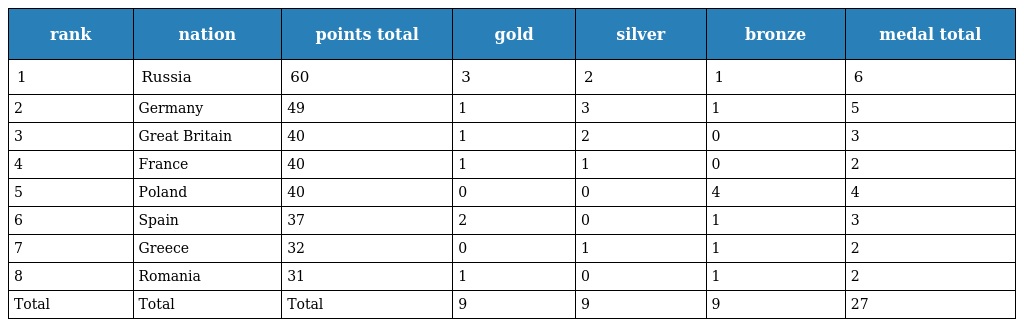
| rank | nation | points total | gold | silver | bronze | medal total |
 | --- | --- | --- | --- | --- | --- | --- |
 | 1 | Russia | 60 | 3 | 2 | 1 | 6 |
 | 2 | Germany | 49 | 1 | 3 | 1 | 5 |
 | 3 | Great Britain | 40 | 1 | 2 | 0 | 3 |
 | 4 | France | 40 | 1 | 1 | 0 | 2 |
 | 5 | Poland | 40 | 0 | 0 | 4 | 4 |
 | 6 | Spain | 37 | 2 | 0 | 1 | 3 |
 | 7 | Greece | 32 | 0 | 1 | 1 | 2 |
 | 8 | Romania | 31 | 1 | 0 | 1 | 2 |
 | Total | Total | Total | 9 | 9 | 9 | 27 |